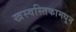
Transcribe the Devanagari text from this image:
खस्वस्तिकामधून